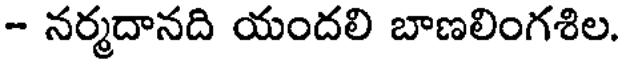
- నర్మదానది యందలి బాణలింగశిల.